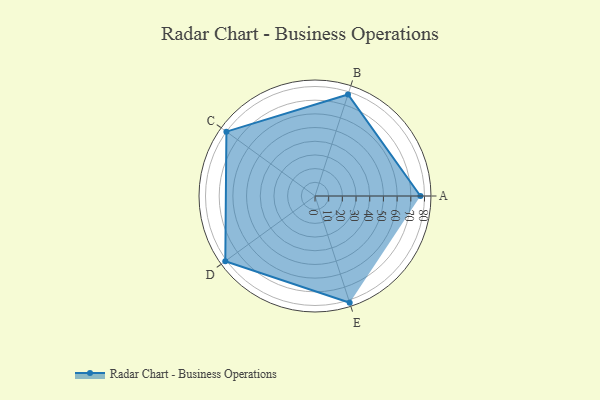
{"axis": {"x": "Skill", "y": "Score"}, "legend": ["Profile"], "data": [{"x": "A", "y": 77.0, "type": "Profile"}, {"x": "B", "y": 78.0, "type": "Profile"}, {"x": "C", "y": 80.0, "type": "Profile"}, {"x": "D", "y": 81.0, "type": "Profile"}, {"x": "E", "y": 82.0, "type": "Profile"}]}